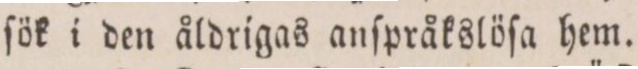
ſök i den åldrigas anſpråkslöſa hem.